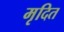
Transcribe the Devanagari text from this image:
मृदित